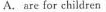
A. are for children